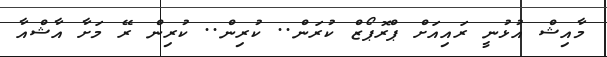
މާއިޝް އުޅުނީ ރައިއަށް ޕްރޮޕޯޒް ކުރަން.. ކުރިން.. ކުރިން ރޭ މަށާ އާޝްއާ